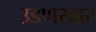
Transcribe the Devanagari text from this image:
उडणखार